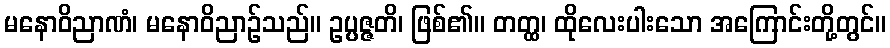
မနောဝိညာဏံ၊ မနောဝိညာဉ်သည်။ ဥပ္ပဇ္ဇတိ၊ ဖြစ်၏။ တတ္ထ၊ ထိုလေးပါးသော အကြောင်းတို့တွင်။